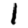
Digit: 1